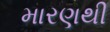
મારણથી